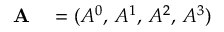
\begin{array} { r l } { \mathbf { A } } & { { } = ( A ^ { 0 } , \, A ^ { 1 } , \, A ^ { 2 } , \, A ^ { 3 } ) } \end{array}